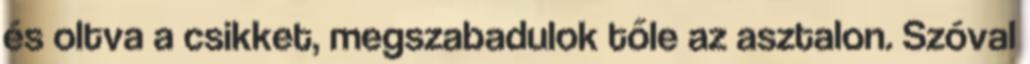
és oltva a csikket, megszabadulok tőle az asztalon. Szóval